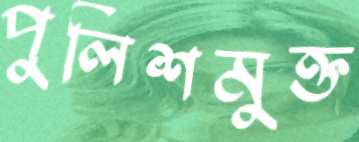
পুলিশমুক্ত